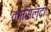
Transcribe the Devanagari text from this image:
कासिल्दा